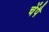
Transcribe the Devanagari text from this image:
चेंपै